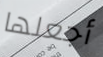
أجعلها